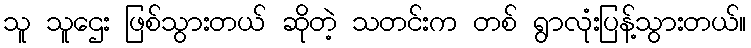
သူ သူဌေး ဖြစ်သွားတယ် ဆိုတဲ့ သတင်းက တစ် ရွာလုံးပြန့်သွားတယ်။